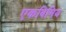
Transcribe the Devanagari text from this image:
एकबिमिय